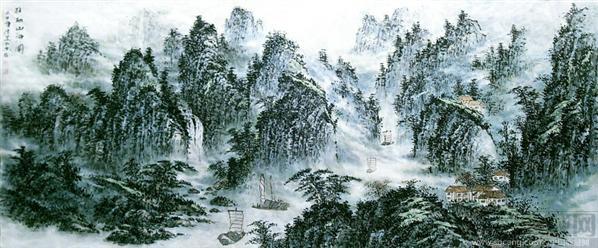
山河风景元无异，城郭人民半已非。